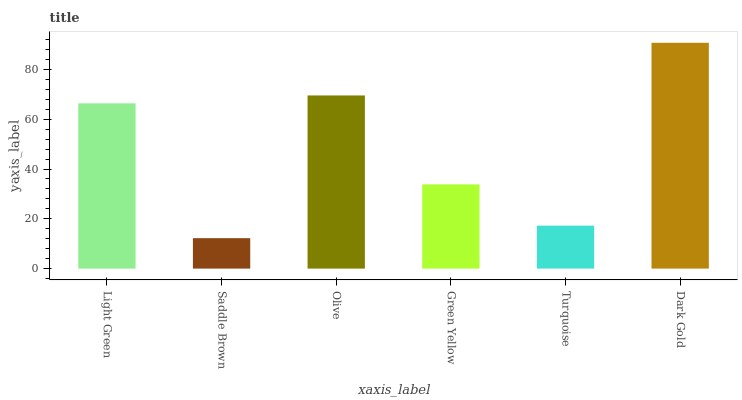
| xaxis_label | bars |
 | --- | --- |
 | Light Green | 66.4 |
 | Saddle Brown | 12.2 |
 | Olive | 69.5 |
 | Green Yellow | 33.8 |
 | Turquoise | 17.3 |
 | Dark Gold | 90.7 |